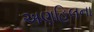
અણહિલના